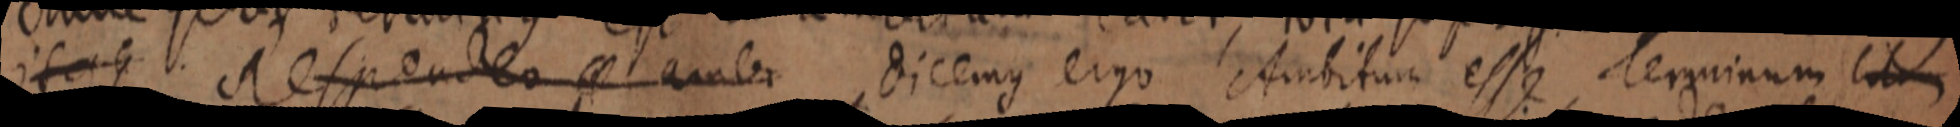
itaque respondeo amb dicemus ergo Ambitum esse terminum litum